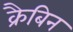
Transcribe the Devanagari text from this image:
क्रैबिन